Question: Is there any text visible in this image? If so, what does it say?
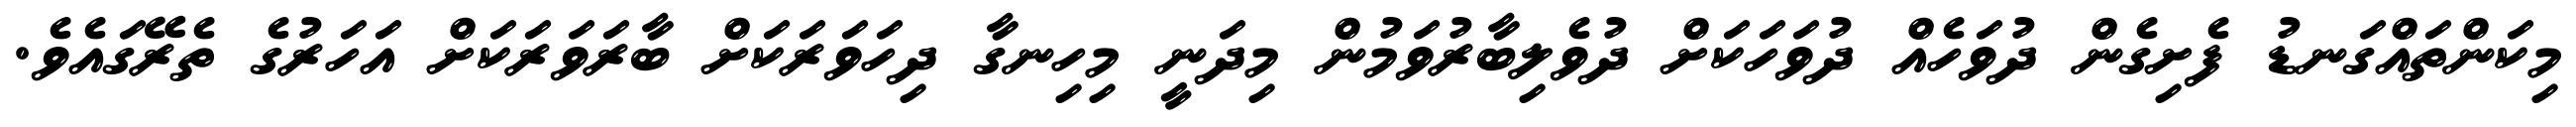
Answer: މިކަންތައްގަނޑު ފެށިގެން ދުވަހެއް ދުވަހަކަށް ދުވެލިބާރުވަމުން މިދަނީ މިހިނގާ ދިހަވަރަކަށް ބާރަވަރަކަށް އަހަރުގެ ތެރޭގައެވެ.